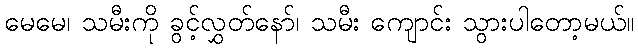
မေမေ၊ သမီးကို ခွင့်လွှတ်နော်၊ သမီး ကျောင်း သွားပါတော့မယ်။